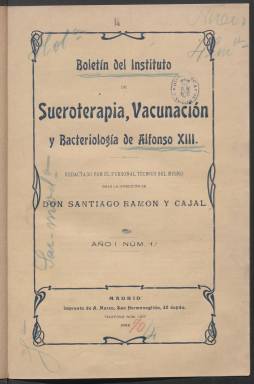
Título: Boletín del Instituto de Sueroterapia, Vacunación y Bacteriología de Alfonso XIII
Otros títulos: Boletín del Instituto de Alfonso XIII
Colección: Medicina
Ámbito geográfico: Madrid
Lugar de publicación: Madrid
Fechas: 01/01/1905-31/12/1908